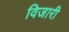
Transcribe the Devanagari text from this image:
विजारी